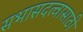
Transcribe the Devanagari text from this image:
सभासदत्वासाठी